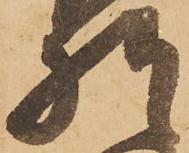
様